Report of the Indian Hemp Drugs Commission, 1894-1895 - Volume VII
Year: 1894
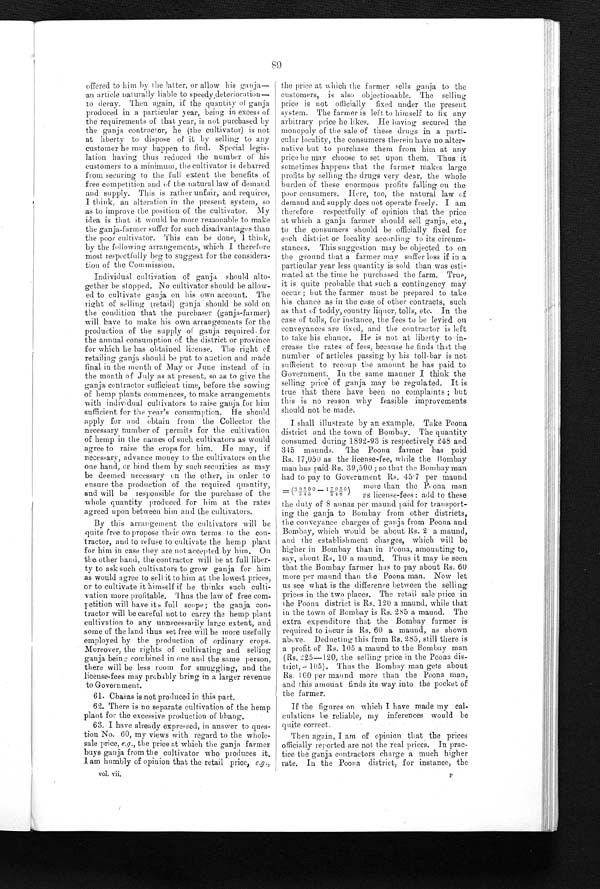
89
offered to him by the latter, or allow his ganja
—
an article naturally liable to speedy deterioration
—
to decay. Then again, if the quantity of ganja
produced in a particular year, being in excess of
the requirements of that year, is not purchased by
the ganja contractor, he (the cultivator) is not
at liberty to dispose of it by selling to any
customer he may happen to find. Special legis
-
lation having thus reduced the number of his
customers to a minimum, the cultivator is debarred
from securing to the full extent the benefits of
free competition and of the natural law of demand
and supply. This is rather unfair, and requires,
I think, an alteration in the present system, so
as to improve the position of the cultivator. My
idea is that it would be more reasonable to make
the ganja-farmer suffer for such disadvantages than
the poor cultivator. This can be done, I think,
by the following arrangements, which I therefore
most respectfully beg to suggest for the considera
-
tion of the Commission.
Individual cultivation of ganja should alt
o -
gether be stopped. No cultivator should be allo
w -
ed to cultivate ganja on his own account. The
right of selling (retail) ganja should be sold on
the condition that the purchaser (ganja-farmer)
will have to make his own arrangements for the
production of the supply of ganja required for
the annual consumption of the district or province
for which he has obtained license. The right of
retailing ganja should be put to auction and made
final in the month of May or June instead of in
the month of July as at present, so as to give the
ganja contractor sufficient time, before the sowing
of hemp plants commences, to make arrangements
with individual cultivators to raise ganja for him
sufficient for the year's consumption. He should
apply for and obtain from the Collector the
necessary number of permits for the cultivation
of hemp in the names of such cultivators as would
agree to raise the crops for him. He may, if
necessary, advance money to the cultivators on the
one hand, or bind them by such securities as may
be deemed necessary on the other, in order to
ensure the production of the required quantity,
and will he responsible for the purchase of the
whole quantity produced for him at the rates
agreed upon between him and the cultivators.
By this arrangement the cultivators will be
quite free to propose their own terms to the con
-
tractor, and to refuse to cultivate the hemp plant
for him in case they are not accepted by him. On
t he ot her hand, t he cont ract or
w i l l b e a t f u l l l i b e r -
ty to ask such cultivators to grow ganja for him
as would agree to sell it to him at the lowest prices,
or to cultivate it himself if he thinks such culti
-
vation more profitable. Thus the law of free co
m -
petition will have its full scope; the ganja con
-
tractor will be careful not to carry the hemp plant
cultivation to any unnecessarily large extent, and.
some of the land thus set free will be more usefully
employed by the production of ordinary crops.
Moreover, the rights of cultivating and selling
ganja being combined in one and the same person,
there will be less room for smuggling, and the
license-fees may probably bring in a larger revenue
to Government.
6 1 . C h a r a s i s n o t p r o d u c e d i n t h i s p a r t .
62. There is no separate cultivation of the hemp
plant for the excessive production of bhang.
63. I have already expressed, in answer to ques
-
tion No, 60, my views with regard to the whole
-
sale price,e . g
. , t h e
p r i c e a t w h i c h t h e g a n j a f a r m e r
buys ganja from the cultivator who produces it.
I a m h u m b l y o f o p i n i o n t h a t t h e r e t a i l p r i c e ,e
. g .
,
the price at which the farmer sells ganja to the
customers, is also objectionable. The selling
price, is not officially fixed under the present
system. The farmer is left to himself to fix any
arbitrary price he likes. He having secured the
monopoly of the sale of these drugs in a parti
-
cular locality, the consumers therein have no alter
-
native but to purchase them from him at any
price he may choose to set upon them. Thus it
sometimes happens that the farmer makes large
profits by selling the drugs very dear, the whole
burden of these enormous profits falling on the
poor consumers. Here, too, the natural law of
demand and supply does not operate freely. I am
therefore respectfully of opinion that the price
at which a ganja farmer should sell ganja, etc.,
to the consumers should be officially fixed for
each district or locality according to its circum
-
stances. This suggestion may be objected to on
the ground that a farmer may stiffer loss if in a
particular year less quantity is sold than was esti
-
mated at the time he purchased the farm. True,
it is quite probable that such a contingency may
occur; but the farmer must be prepared to take
h i s c h a n c e a s i n t h e c a s e o f o t h e r c o n t r a c t s , s u c h
as that of toddy, country liquor, tolls, etc. In the
case of tolls, for instance, the fees to be levied on
conveyances are fixed, and the contractor is left
to take his chance. He is not at liberty to in
-
crease the rates of fees, because he finds that the
number of articles passing by his toll-bar is not
sufficient to recoup the amount he has paid to
Government. In the same manner I think the
selling price of ganja may be regulated. It is
true that there have been no complaints; but
this is no reason why feasible improvements
should not be
made.
I shall illustrate by an example. Take Poona
district and the town of Bombay. The quantity
consumed during 1892-93 is respectively 248 and
345 maunds. The Poona farmer has paid
Rs. 17,050 as the license-fee, while the Bombay
man has paid Rs. 39,500; so that the Bombay man
had to pay to Government Rs. 45.7 per maund
more than the Poona man
=(39500/345—17050/248)
as license-fees: add to these
the duty of 8 annas per maund paid for transport
-
ing the ganja to Bombay from other districts,
the conveyance charges of ganga from Poona and
Bombay, which would be about Rs. 2 a maund,
and the establishment charges, which will be
higher in Bombay than in Peona, amounting to,
sav, about Rs. 10 a maund. Thus i t may be seen
that the Bombay farmer has to pay about Rs. 60
more per maund than the Poona man. Now let
us see what is the difference between the selling
pr i ces in t he t wo pl aces. The ret ai l sal e pri ce i n
the Poona district is Rs. 120 a maund, while that
in the town of Bombay is Rs. 285 a maund. The
extra expenditure that the Bombay former is
required to incur is Rs. 60 a maund, as shown
above. Deducting this from Rs. 285, still there is
a profit of his. 105 a maund to the Bombay man
(Rs. 225-120, the selling price in the Poona dis
-
trict,= 105). Thus the Bombay man gets about
Rs. 100 per maund more t han t he Poona man,
and this amount finds its way into the pocket of
the farmer.
If the figures on which I have made my cal
-
culations be reliable, my inferences would be
quite correct.
Then again, I am of opinion that the prices
officially reported are not the real prices. In pra c -
tice the ganja, contractors charge a much higher
rate. In the Poona district, for instance, the
vol. vii. P